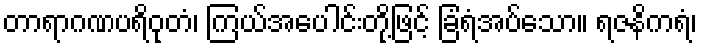
တာရာဂဏပရိဝုတံ၊ ကြယ်အပေါင်းတို့ဖြင့် ခြံရံအပ်သော။ ရဇနိကရံ၊